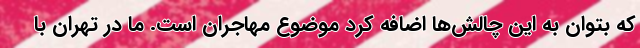
که بتوان به این چالش‌ها اضافه کرد موضوع مهاجران است. ما در تهران با